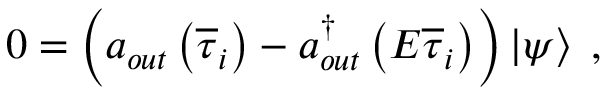
0 = \left( a _ { o u t } \left( \overline { { { \tau } } } _ { i } \right) - a _ { o u t } ^ { \dagger } \left( E \overline { { { \tau } } } _ { i } \right) \right) \left| \psi \right> \; ,